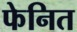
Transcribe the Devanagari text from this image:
फेनित